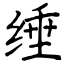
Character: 缍